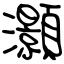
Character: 灝